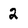
Character: 2